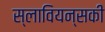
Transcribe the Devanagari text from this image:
स्लावियन्सकी